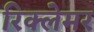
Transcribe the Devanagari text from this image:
रिक्लेमर